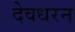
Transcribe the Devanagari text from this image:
देवधरन